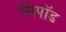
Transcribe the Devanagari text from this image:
सिंपॉड